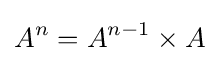
A^{n}=A^{n-1}\times A